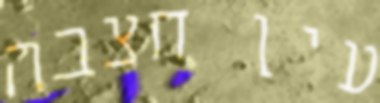
עין חצבה